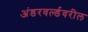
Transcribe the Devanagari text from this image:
अंडरवर्ल्डवरील